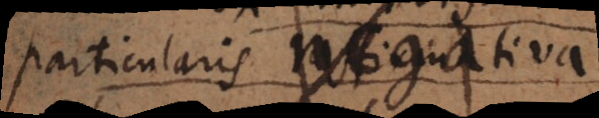
particularem negativam